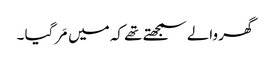
گھر والے سمجھتے تھے کہ میں مَر گیا ۔